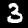
Label: 3